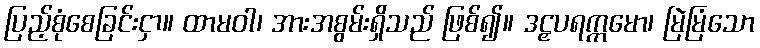
ပြည့်စုံစေခြင်းငှာ။ ထာမဝါ၊ အားအစွမ်းရှိသည် ဖြစ်၍။ ဒဠှပရက္ကမော၊ မြဲမြံသော